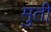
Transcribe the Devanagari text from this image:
मुतीं